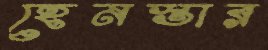
হেনস্তার